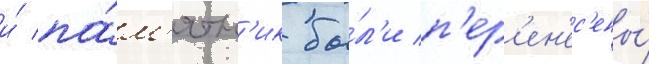
и́ па́м'ятн'ик бы́л'и п'ер'ен'ес'ены́